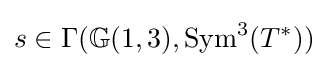
s\in \Gamma (\mathbb {G} (1,3),{\text{Sym}}^{3}(T^{*}))